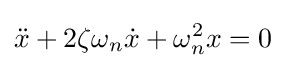
{\ddot {x}}+2\zeta \omega _{n}{\dot {x}}+\omega _{n}^{2}x=0